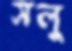
সলু